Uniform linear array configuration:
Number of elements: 12
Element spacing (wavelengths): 0.75
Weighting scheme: hann
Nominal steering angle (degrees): -60
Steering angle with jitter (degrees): -58.443
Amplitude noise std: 0.05
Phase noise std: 0.05

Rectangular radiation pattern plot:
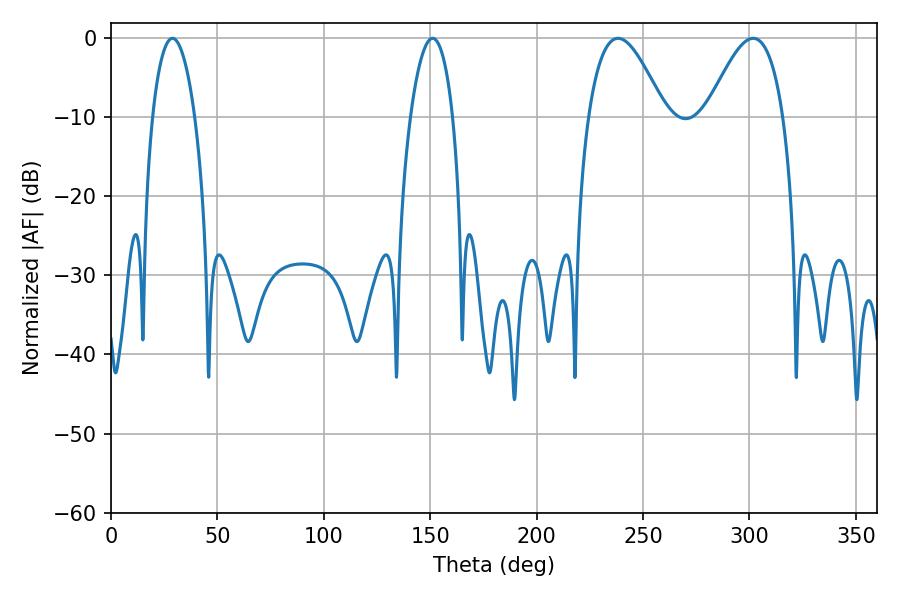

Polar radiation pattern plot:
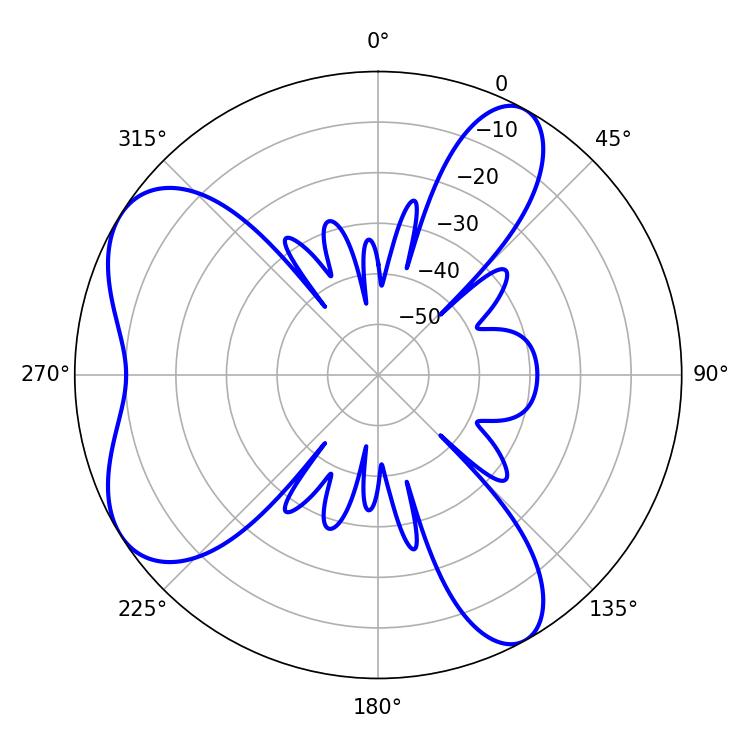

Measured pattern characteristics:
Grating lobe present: TRUE
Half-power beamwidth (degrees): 19.44
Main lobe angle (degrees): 301.68